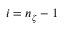
i = n _ { \zeta } - 1